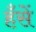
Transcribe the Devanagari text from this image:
हँसें